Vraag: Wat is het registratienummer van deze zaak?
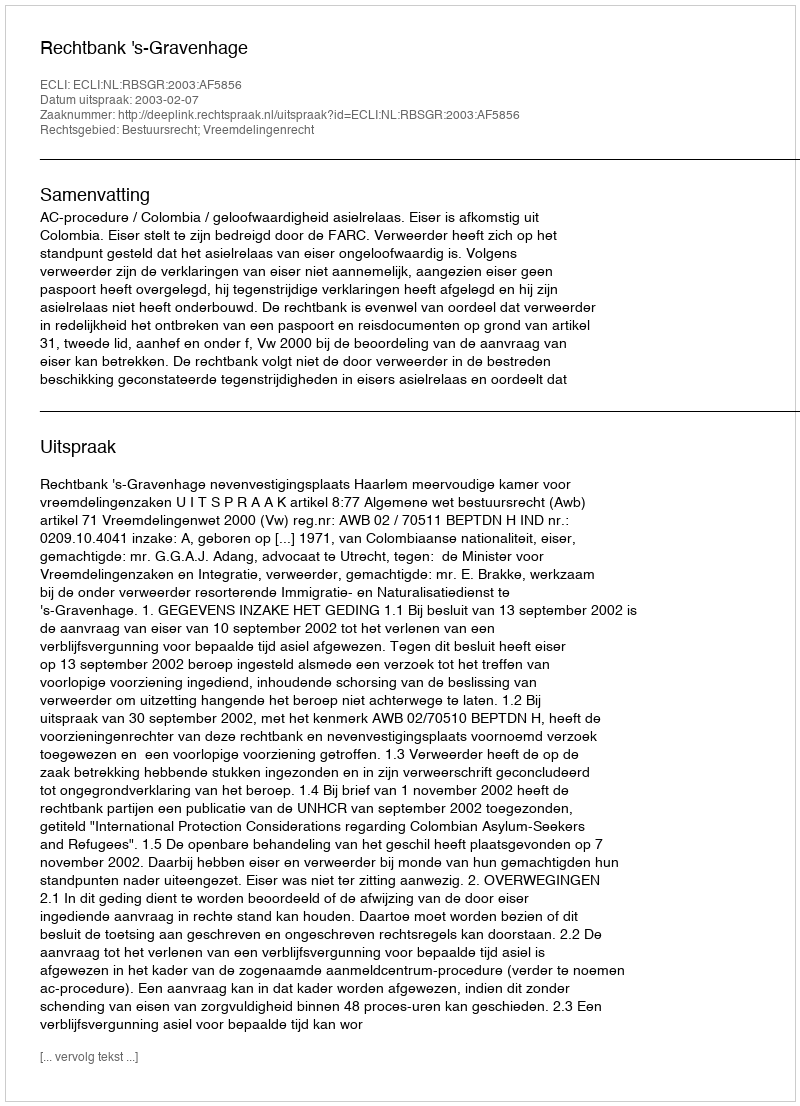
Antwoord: http://deeplink.rechtspraak.nl/uitspraak?id=ECLI:NL:RBSGR:2003:AF5856